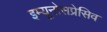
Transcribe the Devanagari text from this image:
इम्यूनोसप्रेसिव